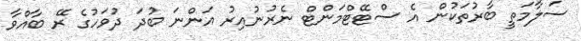
ސަލާމަތީ ބާރުތަކުން އެ ސްޓޭޓްމަންޓް ނެރުނުއިރު އަންނަ ބުދަ ދުވަހުގެ ރޭ ބާއްވާ